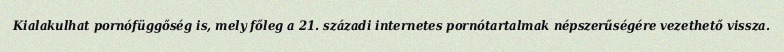
Kialakulhat pornófüggőség is, mely főleg a 21. századi internetes pornótartalmak népszerűségére vezethető vissza.